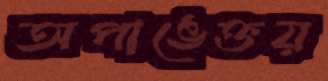
অপাঙেক্তয়